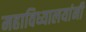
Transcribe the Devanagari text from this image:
महाविध्यालयांनी